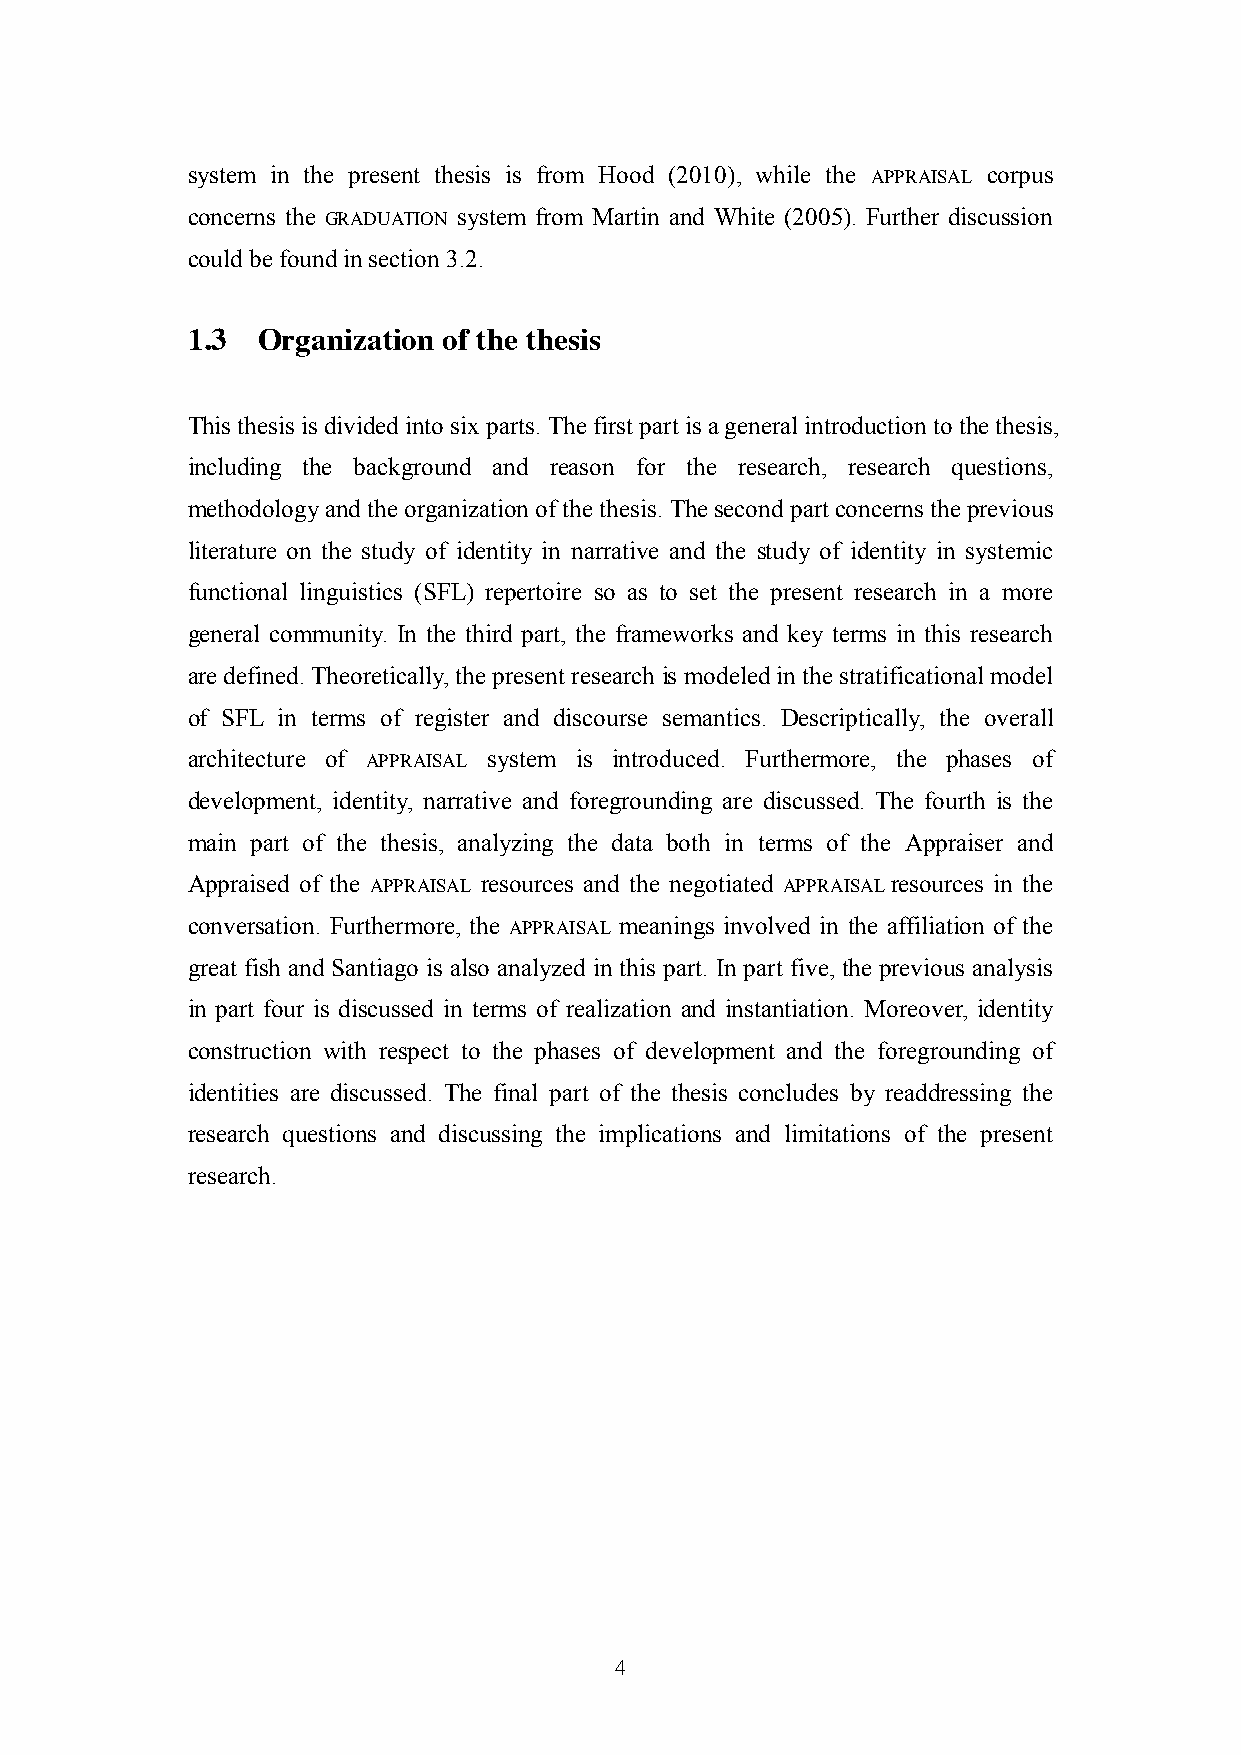
system in the present thesis is from Hood (2010), while the APPRAISAL corpus
 concerns the GRADUATION system from Martin and White (2005). Further discussion
 could be found in section 3.2.
 1.3  Organization of the thesis
 This thesis is divided into six parts. The first part is a general introduction to the thesis,
 including the background and reason for the research, research questions,
 methodology and the organization of the thesis. The second part concerns the previous
 literature on the study of identity in narrative and the study of identity in systemic
 functional linguistics (SFL) repertoire so as to set the present research in a more
 general community. In the third part, the frameworks and key terms in this research
 are defined. Theoretically, the present research is modeled in the stratificational model
 of SFL in terms of register and discourse semantics. Descriptically, the overall
 architecture of APPRAISAL system is introduced. Furthermore, the phases of
 development, identity, narrative and foregrounding are discussed. The fourth is the
 main part of the thesis, analyzing the data both in terms of the Appraiser and
 Appraised of the APPRAISAL resources and the negotiated APPRAISAL resources in the
 conversation. Furthermore, the APPRAISAL meanings involved in the affiliation of the
 great fish and Santiago is also analyzed in this part. In part five, the previous analysis
 in part four is discussed in terms of realization and instantiation. Moreover, identity
 construction with respect to the phases of development and the foregrounding of
 identities are discussed. The final part of the thesis concludes by readdressing the
 research questions and discussing the implications and limitations of the present
 research.
 4